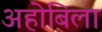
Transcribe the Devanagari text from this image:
अहोबिला